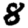
Digit: 8